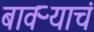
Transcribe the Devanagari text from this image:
बावऱ्याचं